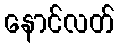
နောင်လတ်